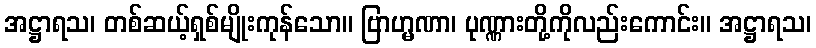
အဋ္ဌာရသ၊ တစ်ဆယ့်ရှစ်မျိုးကုန်သော။ ဗြာဟ္မဏာ၊ ပုဏ္ဏားတို့ကိုလည်းကောင်း။ အဋ္ဌာရသ၊